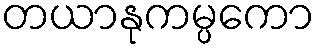
တယာနုကမ္ပကော